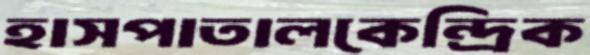
হাসপাতালকেন্দ্রিক